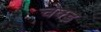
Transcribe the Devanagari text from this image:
चेक्ड